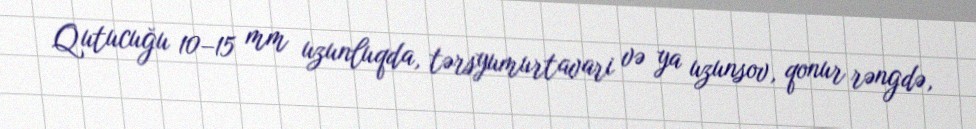
Qutucuğu 10–15 mm uzunluqda, tərsyumurtavari və ya uzunsov, qonur rəngdə,